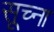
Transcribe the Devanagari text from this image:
सूच्ना